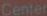
Center